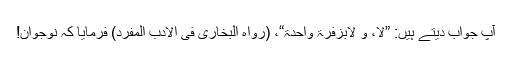
آپؓ جواب دیتے ہیں: ”لا، و لابزفرۃ واحدۃ“، (رواہ البخاری فی الادب المفرد) فرمایا کہ نوجوان!